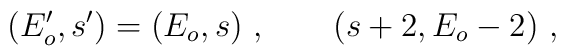
(E_o^{\prime },s^{\prime })=(E_o,s)\ ,\qquad (s+2,E_o-2)\ ,